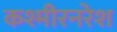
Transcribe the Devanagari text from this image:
कश्मीरनरेश